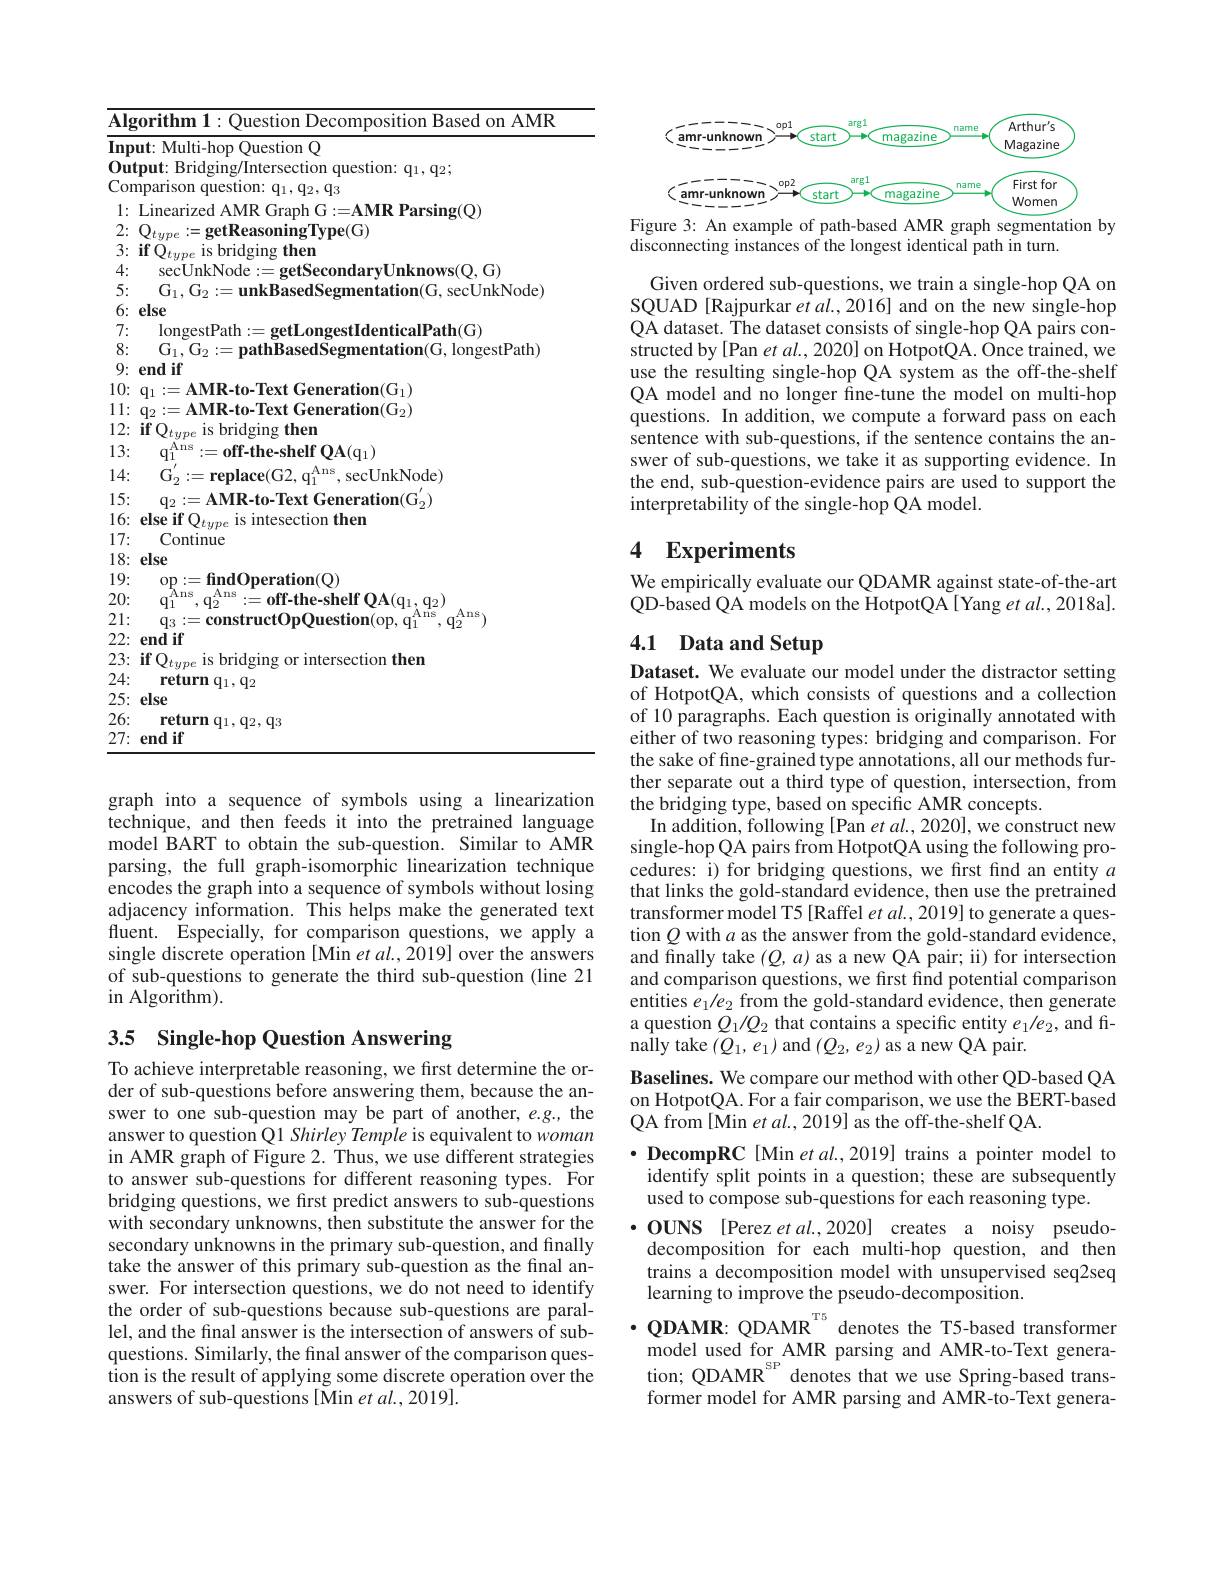
<table>
	<tbody>
		<tr>
			<td>$\because B$</td>
			<td>$4M$</td>
		</tr>
		<tr>
			<td>$II$ 1</td>
			<td>lestion $Q$</td>
		</tr>
		<tr>
			<td>0</td>
			<td> </td>
		</tr>
		<tr>
			<td>1</td>
			<td>1 $q_{3}$</td>
		</tr>
		<tr>
			<td> </td>
			<td>WR 111</td>
		</tr>
		<tr>
			<td> </td>
			<td>${\mathbf{p}}/({\frac{1}{1}}$</td>
		</tr>
		<tr>
			<td> </td>
			<td>hem</td>
		</tr>
		<tr>
			<td>$L$</td>
			<td>seclinkNode darvUnknows(0.G</td>
		</tr>
		<tr>
			<td> </td>
			<td>$\dot{\mathbf{r}}_{1}$ 1 nkRasedSee mtation(G T secl/nkNode</td>
		</tr>
		<tr>
			<td> </td>
			<td>else</td>
		</tr>
		<tr>
			<td> </td>
			<td>lonaesth alpath(G</td>
		</tr>
		<tr>
			<td> </td>
			<td>longestPath</td>
		</tr>
		<tr>
			<td> </td>
			<td>end if</td>
		</tr>
		<tr>
			<td>1 1</td>
			<td>AMR.to.Tev Generation$( C_11$</td>
		</tr>
		<tr>
			<td>1 1</td>
			<td>fion/(ia</td>
		</tr>
		<tr>
			<td>1 1</td>
			<td>$if($ 7 hridoino then 1C T1</td>
		</tr>
		<tr>
			<td>1</td>
			<td>$\iota\Pi s$ $fQA(q_{1})$ 1 1 shelf</td>
		</tr>
		<tr>
			<td>1</td>
			<td>Ans secUnkNode)</td>
		</tr>
		<tr>
			<td>1</td>
			<td>$Q_{2}$ MK</td>
		</tr>
		<tr>
			<td>1 1</td>
			<td>plse if C tion then</td>
		</tr>
		<tr>
			<td>1 1</td>
			<td>Continue</td>
		</tr>
		<tr>
			<td>1 1</td>
			<td>else</td>
		</tr>
		<tr>
			<td>1 1</td>
			<td>finddm ${\mathrm{ration}}({\mathrm{Q}})$ 0n:</td>
		</tr>
		<tr>
			<td>21 1</td>
			<td>Tis ff- fhe shelf OA(g1. q2) 1</td>
		</tr>
		<tr>
			<td>2 1</td>
			<td>stion</td>
		</tr>
		<tr>
			<td>2</td>
			<td>end if</td>
		</tr>
		<tr>
			<td>2</td>
			<td>111 intersection then hrnd</td>
		</tr>
		<tr>
			<td>2 -</td>
			<td>$\textbf{return q}_1,\mathrm{q}_2$</td>
		</tr>
		<tr>
			<td>2 -</td>
			<td>else</td>
		</tr>
		<tr>
			<td>2</td>
			<td>$\textbf{return q}_1,\mathrm{q}_2,\mathrm{q}_3$</td>
		</tr>
		<tr>
			<td>2</td>
			<td>end if</td>
		</tr>
	</tbody>
</table>

graph into a sequence of symbols using a linearization technique, and then feeds it into the pretrained language model BART to obtain the sub-question. Similar to AMR parsing, the full graph-isomorphic linearization technique encodes the graph into a sequence of symbols without losing adjacency information. This helps make the generated text fluent. Especially, for comparison questions, we apply a single discrete operation [Min et al., 2019] over the answers of sub-questions to generate the third sub-question (line 21 in Algorithm).

## 3.5 Single-hop Question Answering

To achieve interpretable reasoning, we first determine the order of sub-questions before answering them, because the answer to one sub-question may be part of another, e.g., the answer to question Q1 Shirley Temple is equivalent to woman in AMR graph of Figure 2. Thus, we use different strategies to answer sub-questions for different reasoning types. For bridging questions, we first predict answers to sub-questions with secondary unknowns, then substitute the answer for the secondary unknowns in the primary sub-question, and finally take the answer of this primary sub-question as the final answer. For intersection questions, we do not need to identify the order of sub-questions because sub-questions are parallel, and the final answer is the intersection of answers of subquestions. Similarly, the final answer of the comparison question is the result of applying some discrete operation over the answers of sub-questions[Min et al.,2019].

<FigureHere>
Figure 3: An example of path-based AMR graph segmentation by

disconnecting instances of the longest identical path in turn.

Given ordered sub-questions, we train a single-hop QA on SQUAD [Rajpurkar et al., 2016] and on the new single-hop QA dataset. The dataset consists of single-hop QA pairs constructed by[Pan et al., 2020] on HotpotQA. Once trained, we use the resulting single-hop QA system as the off-the-shelf QA model and no longer fine-tune the model on multi-hop questions. In addition, we compute a forward pass on each sentence with sub-questions, if the sentence contains the answer of sub-questions, we take it as supporting evidence. In the end, sub-question-evidence pairs are used to support the interpretability of the single-hop QA model.

# 4 Experiments

We empirically evaluate our QDAMR against state-of-the-art QD-based QA models on the HotpotQA[Yang et al., 2018a].

# 4.1 Data and Setup

Dataset. We evaluate our model under the distractor setting of HotpotQA, which consists of questions and a collection of 10 paragraphs. Each question is originally annotated with either of two reasoning types: bridging and comparison. For the sake of fine-grained type annotations, all our methods further separate out a third type of question, intersection, from the bridging type, based on specific AMR concepts.
In addition, following [Pan et al., 2020], we construct new single-hop QA pairs from HotpotQA using the following procedures: i) for bridging questions, we first find an entity $a$ that links the gold-standard evidence, then use the pretrained transformer model T5 [Raffel et al., 2019] to generate a question $Q$ with $a$ as the answer from the gold-standard evidence, and finally take $(Q,a)$ as a new QA pair; ii) for intersection and comparison questions, we first find potential comparison entities $e_1/e_2$ from the gold-standard evidence, then generate a question $Q_1/Q_2$ that contains a specific entity $e_1/e_2$, and finally take $(Q_1,e_1)$ and $(Q_2,e_2)$ as a new QA pair.

Baselines. We compare our method with other QD-based QA

on HotpotQA. For a fair comparison, we use the BERT-based

QA from [Min et al., 2019] as the off-the-shelf QA.

$\bullet$ DecompRC[Min et al.,2019] trains a pointer model to

identify split points in a question; these are subsequently

used to compose sub-questions for each reasoning type.

$\bullet$OUNS [Perez et al.,2020]creates a noisy pseudo-

decomposition for each multi-hop question, and then

trains à decomposition model with unsupervised seq2seq

learning to improve the pseudo-decomposition.

$\cdot$QDAMR: QDAMR$^\text{T5}$ denotes the T5-based transformer

model used for AMR parsing and AMR-to-Text genera-

tion; QDAMR$^\mathrm{SP}$ denotes that we use Spring-based trans-

former model for AMR parsing and AMR-to-Text genera-